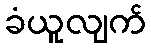
ခံယူလျက်